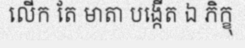
លើក តែ មាតា បង្កើត ឯ ភិក្ខុ